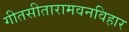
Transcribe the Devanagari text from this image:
गीतसीतारामवनविहार